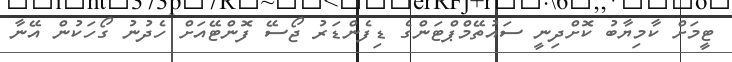
ޓީމަށް ކާމިޔާބު ކޮށްދިނީ ސައުތޭމްޕްޓަންގެ ޑިފެންޑަރު ޖޯސޭ ފޮންޓޭއަށް ހެދުނު ގޯހަކުން އޭނާ